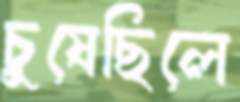
চুষেছিলে